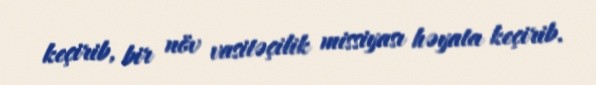
keçirib, bir növ vasitəçilik missiyası həyata keçirib.